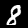
Digit: 8